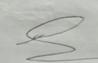
Signature authenticity: genuine